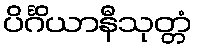
ပိင်္ဂိယာနီသုတ္တံ